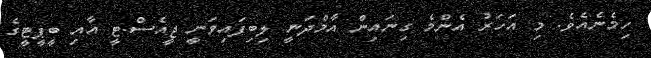
ހިމެނެއެވެ. މި އަހަރު އެންމެ ގިނައިން އާމްދަނީ ލިބިފައިވަނީ ޖީއެސް.ޓީ އާއި ބީޕީޓީގެ